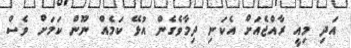
އަދި މިއީ ރާއްޖެއަށް އެކަނި ދިމާވެގެން އުޅޭ ކަމެއް ނޫން ކަމަށް ވެސް